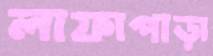
লাফাপাড়া